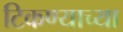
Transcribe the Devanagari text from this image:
टिकण्याच्या